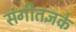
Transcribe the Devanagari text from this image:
संगीतज्ञके